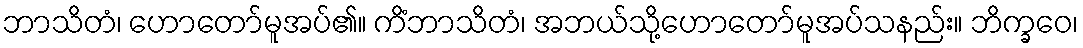
ဘာသိတံ၊ ဟောတော်မူအပ်၏။ ကိံဘာသိတံ၊ အဘယ်သို့ဟောတော်မူအပ်သနည်း။ ဘိက္ခဝေ၊